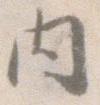
内